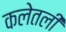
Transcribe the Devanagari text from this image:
कलेतली